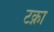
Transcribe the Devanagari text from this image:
टक्ना